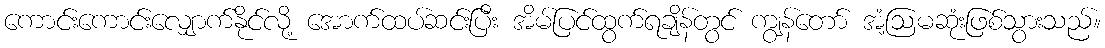
ကောင်းကောင်းလျှောက်နိုင်လို့ အောက်ထပ်ဆင်းပြီး အိမ်ပြင်ထွက်ရချိန်တွင် ကျွန်တော် အံ့ဩမဆုံးဖြစ်သွားသည်။